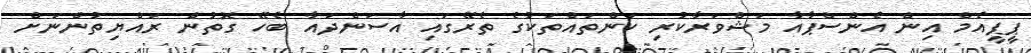
ޕީޕީއެމް އިން އެންސްޕާއާ މަޝްވަރާކުރި ކަންތައްތަކުގެ ތެރޭގައި އާސަންދައާ ބެހޭ ގޮތުން ރައްޔިތުންނަށް